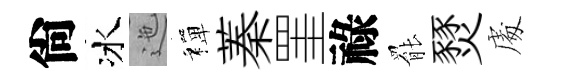
尙冰迤禪蓁罣祿罷燹䖏